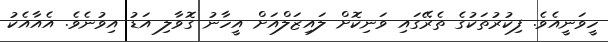
ހީވަނީއެވެ. ފިކުރުތަކުގެ ތެރޭގައި ވަނިކޮށް ލައިޒަލްއަށް އީހާނު ގޮވާލި އަޑު އިވުނެވެ. އެއާއެކު